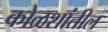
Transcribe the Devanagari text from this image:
कोळशांतील